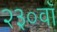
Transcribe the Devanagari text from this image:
२३०वाँ